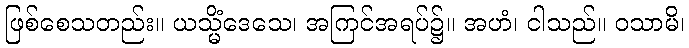
ဖြစ်စေသတည်း။ ယသ္မိံဒေသေ၊ အကြင်အရပ်၌။ အဟံ၊ ငါသည်။ ဝသာမိ၊